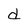
Character: d